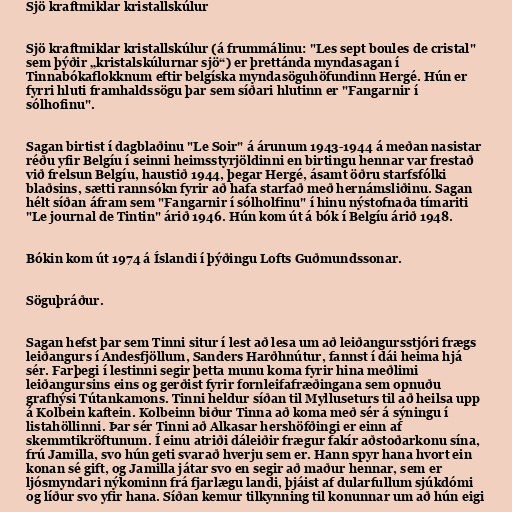
Sjö kraftmiklar kristallskúlur

Sjö kraftmiklar kristallskúlur (á frummálinu: "Les sept boules de cristal"
sem þýðir „kristalskúlurnar sjö“) er þrettánda myndasagan í
Tinnabókaflokknum eftir belgíska myndasöguhöfundinn Hergé. Hún er
fyrri hluti framhaldssögu þar sem síðari hlutinn er "Fangarnir í
sólhofinu".

Sagan birtist í dagblaðinu "Le Soir" á árunum 1943-1944 á meðan nasistar
réðu yfir Belgíu í seinni heimsstyrjöldinni en birtingu hennar var frestað
við frelsun Belgíu, haustið 1944, þegar Hergé, ásamt öðru starfsfólki
blaðsins, sætti rannsókn fyrir að hafa starfað með hernámsliðinu. Sagan
hélt síðan áfram sem "Fangarnir í sólholfinu" í hinu nýstofnaða tímariti
"Le journal de Tintin" árið 1946. Hún kom út á bók í Belgíu árið 1948.

Bókin kom út 1974 á Íslandi í þýðingu Lofts Guðmundssonar.

Söguþráður.

Sagan hefst þar sem Tinni situr í lest að lesa um að leiðangursstjóri frægs
leiðangurs í Andesfjöllum, Sanders Harðhnútur, fannst í dái heima hjá
sér. Farþegi í lestinni segir þetta munu koma fyrir hina meðlimi
leiðangursins eins og gerðist fyrir fornleifafræðingana sem opnuðu
grafhýsi Tútankamons. Tinni heldur síðan til Mylluseturs til að heilsa upp
á Kolbein kaftein. Kolbeinn biður Tinna að koma með sér á sýningu í
listahöllinni. Þar sér Tinni að Alkasar hershöfðingi er einn af
skemmtikröftunum. Í einu atriði dáleiðir frægur fakír aðstoðarkonu sína,
frú Jamilla, svo hún geti svarað hverju sem er. Hann spyr hana hvort ein
konan sé gift, og Jamilla játar svo en segir að maður hennar, sem er
ljósmyndari nýkominn frá fjarlægu landi, þjáist af dularfullum sjúkdómi
og líður svo yfir hana. Síðan kemur tilkynning til konunnar um að hún eigi